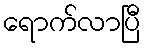
ရောက်လာပြီ